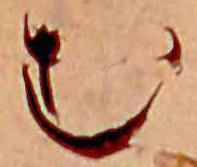
む